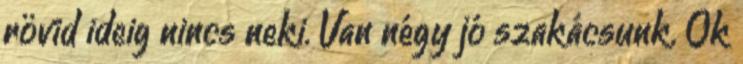
rövid ideig nincs neki. Van négy jó szakácsunk. Ők